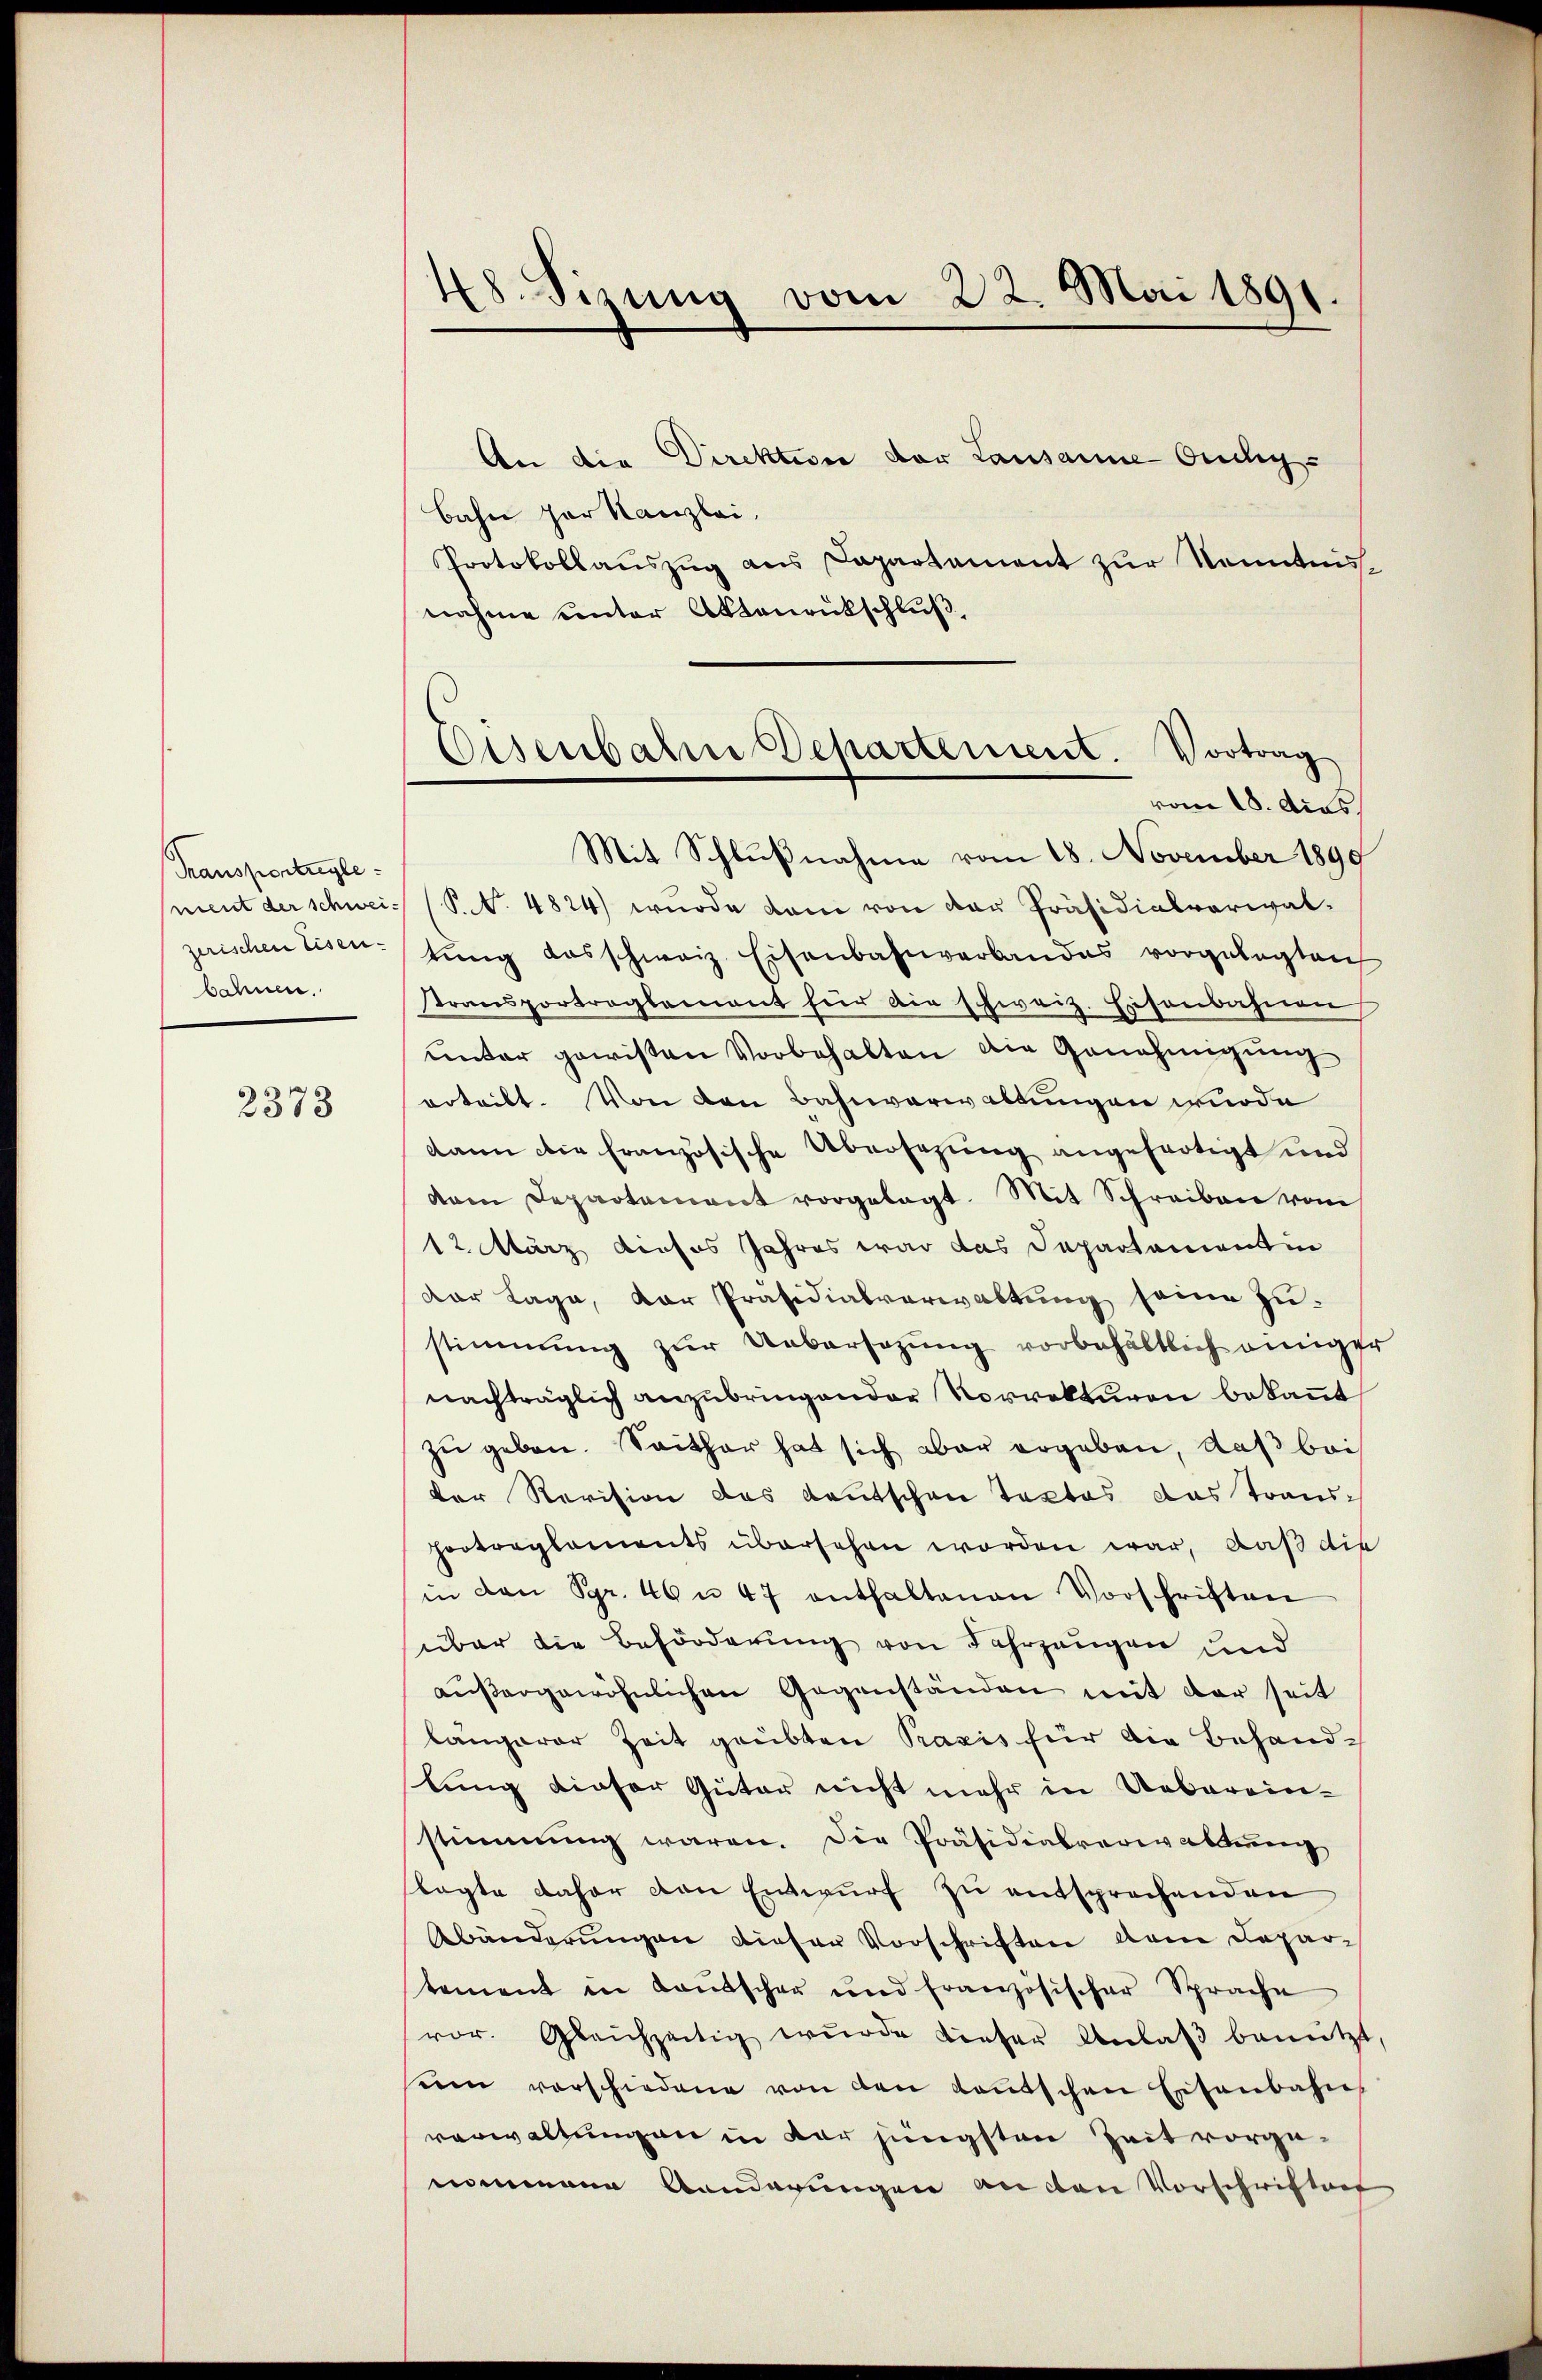
Transportregle
mient der schweizerischen Eisen-
bahnen.

2378

48. Sizung vom 22. Mai 1891.

An die Direktive der Lausanne Ouchy-
bahn her Kanzlei.
Protokollauszug aus Capartement zur Kenntnisnahme unter Aktenrückschluß,
Mit Schlußnahme vom 18. November 1890
P.N. 4824) wurde dann von der Präsidialverwaltŭng desschweiz. Eisenbahnverbandes vorgelegten
stransportreglement für die schweiz. Eisenbahnen
unter gewissen Vorbehalten die Genehmigung
erteilt. Von den Bahnverwaltungen wurde
dann die französische Übersezung angefertigt und
dam Departement vorgelegt. Mit Schreiben vom
12. März dieses Jahres war das Departamentin
Dor Lage, der Präsidialverwaltung seine zustimmung zur Uebersezung vorbehältlich einiger
nachträglich anzubringenden Vorrekturen bekannt
zu geben. Seither hat sich aber ergeben, daß bei
der Revision des Kautschen Textes das Transhortreglements übersehen worden war, daß die
in den Spr. 46 n 47 enthaltenen Vorschriften
über die Beförderung von Fahrzeugen und
außergewöhnlichen Gegenständen mit der seit
längerer Zeit grübten Praxis für die Behandlung dieser Güter nicht mehr in Ueberein-
stimmung waren. Die Präsidialverwaltereng
lagte daher von Entwurf zu entsprechenden
Abänderungen dieser Vorschriften dem Departement in Kautscher und französischer Sprache
vor. Gleichzeitig wurde dieser Anlaβ benützt,
um vorschiedene von den Kautschen Eisenbahn
verwaltungen in der jüngsten Zeit vorgeommann Banderungen an den Vorschriftes

Eisenbahne Departement. Vortrag
vom 18. Aus